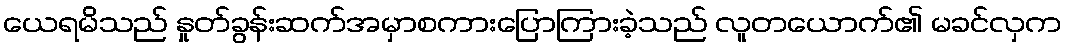
ယေရမိသည် နှုတ်ခွန်းဆက်အမှာစကားပြောကြားခဲ့သည် လူတယောက်၏ မခင်လှက